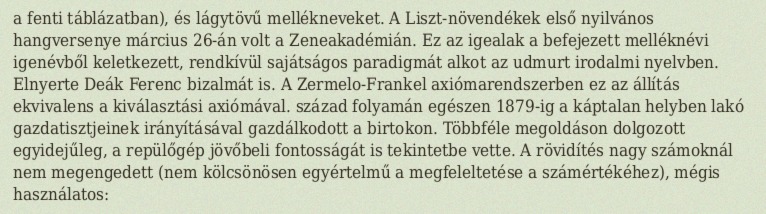
a fenti táblázatban), és lágytövű mellékneveket. A Liszt-növendékek első nyilvános hangversenye március 26-án volt a Zeneakadémián. Ez az igealak a befejezett melléknévi igenévből keletkezett, rendkívül sajátságos paradigmát alkot az udmurt irodalmi nyelvben. Elnyerte Deák Ferenc bizalmát is. A Zermelo-Frankel axiómarendszerben ez az állítás ekvivalens a kiválasztási axiómával. század folyamán egészen 1879-ig a káptalan helyben lakó gazdatisztjeinek irányításával gazdálkodott a birtokon. Többféle megoldáson dolgozott egyidejűleg, a repülőgép jövőbeli fontosságát is tekintetbe vette. A rövidítés nagy számoknál nem megengedett (nem kölcsönösen egyértelmű a megfeleltetése a számértékéhez), mégis használatos: